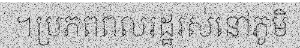
។ប្រភពពលរដ្ឋរស់នៅភូមិ